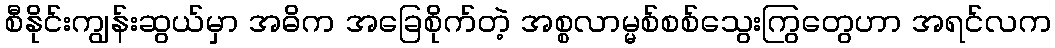
စီနိုင်းကျွန်းဆွယ်မှာ အဓိက အခြေစိုက်တဲ့ အစ္စလာမ္မစ်စစ်သွေးကြွတွေဟာ အရင်လက